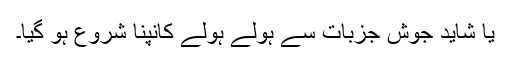
یا شاید جوشِ جزبات سے ہولے ہولے کانپنا شروع ہو گیا۔